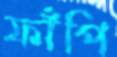
ফাঁপি